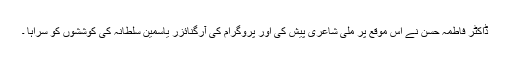
ڈاکٹر فاطمہ حسن نے اس موقع پر ملی شاعری پیش کی اور پروگرام کی آرگنائزر یاسمین سلطانہ کی کوششوں کو سراہا ۔